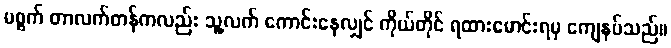
မစ္စက် တာလက်တန်ကလည်း သူ့လက် ကောင်းနေလျှင် ကိုယ်တိုင် ရထားမောင်းရမှ ကျေနပ်သည်။